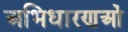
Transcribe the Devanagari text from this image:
अभिधारणओं